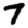
Digit: 7